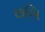
છબિ